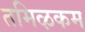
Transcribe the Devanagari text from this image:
तमिऴकम